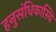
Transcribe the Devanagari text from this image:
हनुसंधिकास्थि